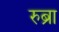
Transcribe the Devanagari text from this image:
रुब्रा